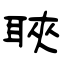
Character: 聗